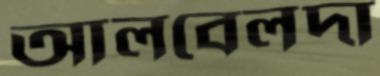
আলবেলদা